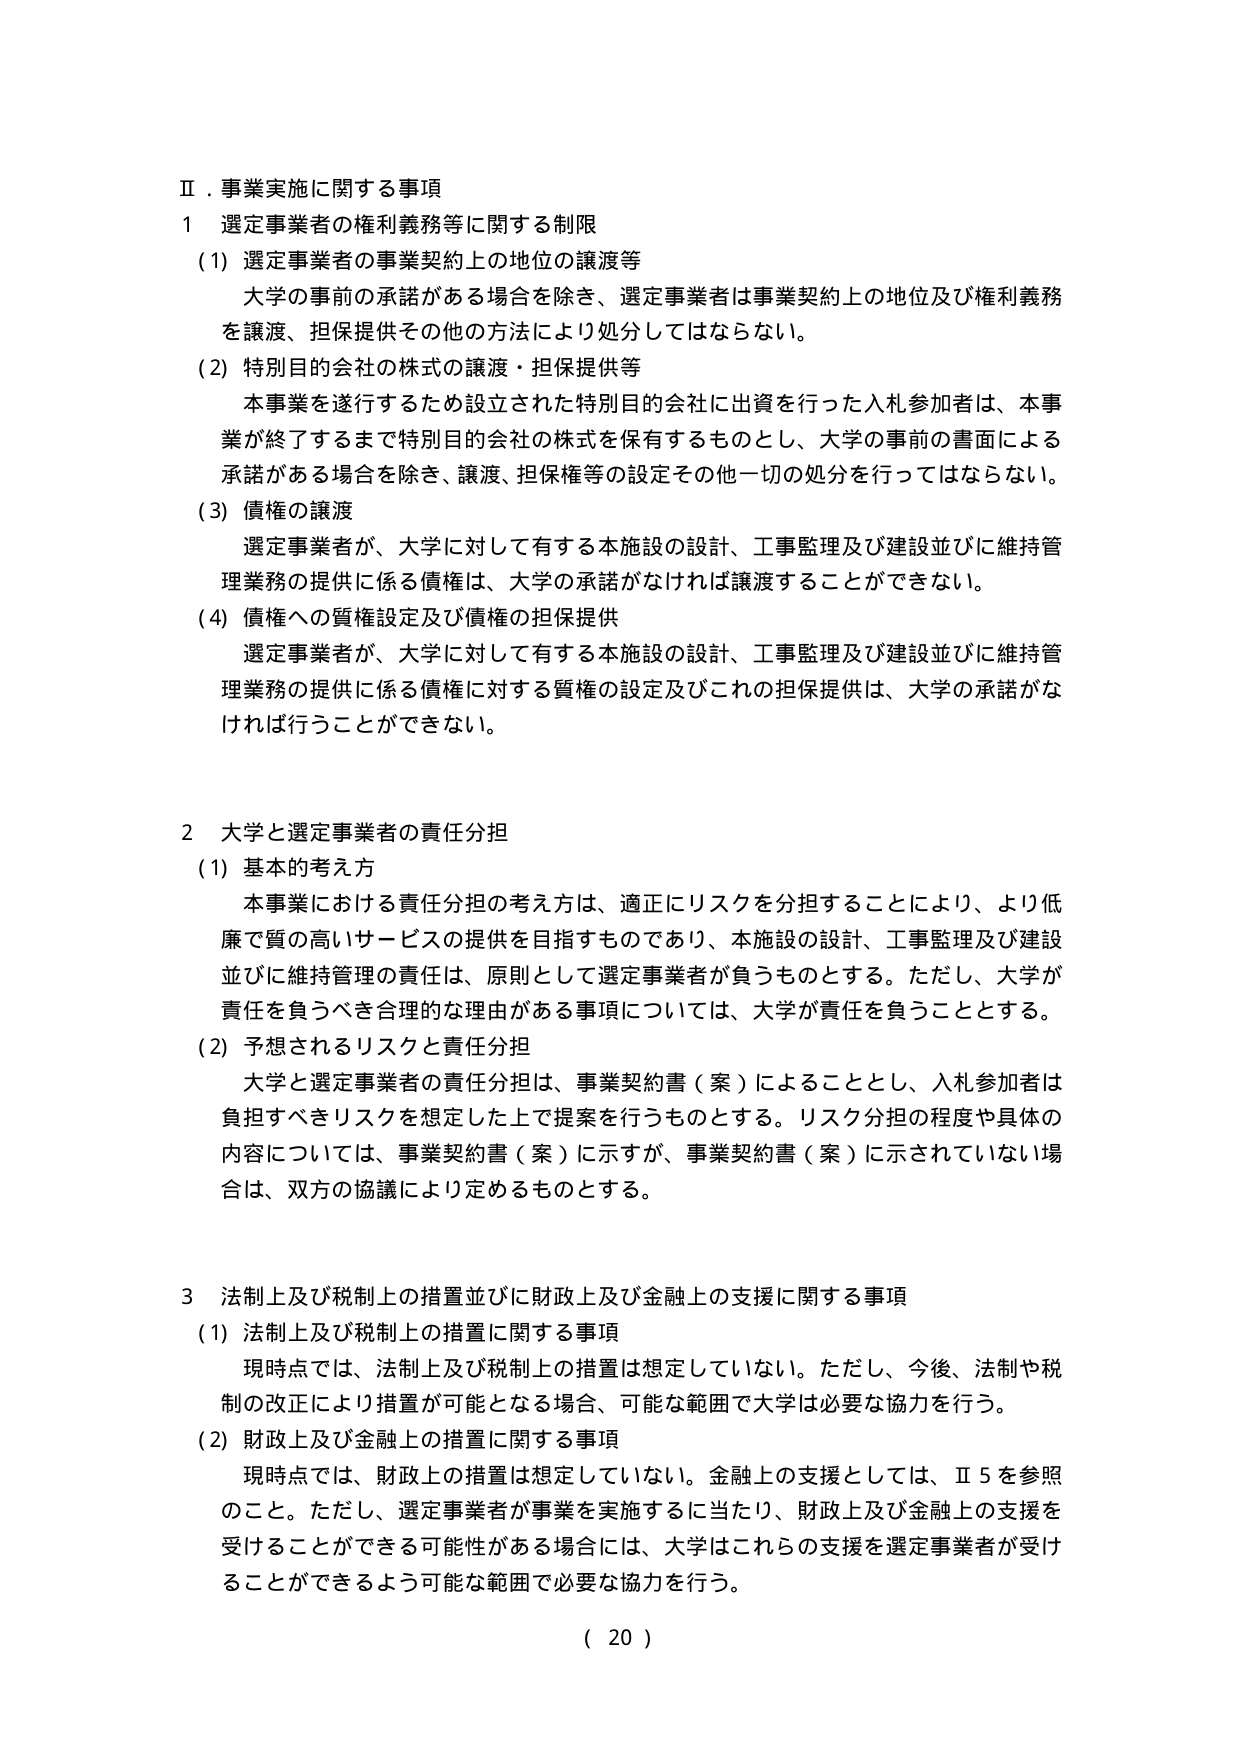
Ⅱ．事業実施に関する事項
1 選定事業者の権利義務等に関する制限
（1）選定事業者の事業契約上の地位の譲渡等
　大学の事前の承諾がある場合を除き、選定事業者は事業契約上の地位及び権利義務を譲渡、担保提供その他の方法により処分してはならない。
（2）特別目的会社の株式の譲渡・担保提供等
　本事業を遂行するために設立された特別目的会社に出資を行った入札参加者は、本事業が終了するまで特別目的会社の株式を保有するものとし、大学の事前の書面による承諾がある場合を除き、譲渡、担保権等の設定その他一切の処分を行ってはならない。
（3）債権の譲渡
　選定事業者が、大学に対して有する本施設の設計、工事監理及び建設並びに維持管理業務の提供に係る債権は、大学の承諾がなければ譲渡することができない。
（4）債権への質権設定及び債権の担保提供
　選定事業者が、大学に対して有する本施設の設計、工事監理及び建設並びに維持管理業務の提供に係る債権に対する質権の設定及びこれの担保提供は、大学の承諾がなければ行うことができない。

2 大学と選定事業者の責任分担
（1）基本的考え方
　本事業における責任分担の考え方は、適正にリスクを分担することにより、より低廉で質の高いサービスの提供を目指すものであり、本施設の設計、工事監理及び建設並びに維持管理の責任は、原則として選定事業者が負うものとする。ただし、大学が責任を負うべき合理的な理由がある事項については、大学が責任を負うこととする。
（2）予想されるリスクと責任分担
　大学と選定事業者の責任分担は、事業契約書（案）によることとし、入札参加者は負担すべきリスクを想定した上で提案を行うものとする。リスク分担の程度や具体的内容については、事業契約書（案）に示すが、事業契約書（案）に示されていない場合は、双方の協議により定めるものとする。

3 法制上及び税制上の措置並びに財政上及び金融上の支援に関する事項
（1）法制上及び税制上の措置に関する事項
　現時点では、法制上及び税制上の措置は想定していない。ただし、今後、法制や税制の改正により措置が可能となる場合、可能な範囲で大学は必要な協力を行う。
（2）財政上及び金融上の措置に関する事項
　現時点では、財政上の措置は想定していない。金融上の支援としては、Ⅱ5を参照のこと。ただし、選定事業者が事業を実施するに当たり、財政上及び金融上の支援を受けることができる可能性がある場合には、大学はこれらの支援を選定事業者が受けることができるよう可能な範囲で必要な協力を行う。

（ 20 ）